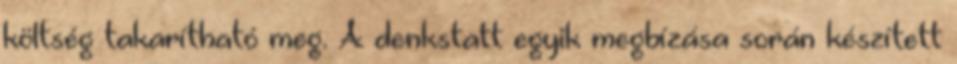
költség takarítható meg. A denkstatt egyik megbízása során készített